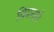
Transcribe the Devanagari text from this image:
चिमनाने